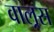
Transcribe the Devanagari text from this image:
वाल्रस